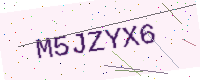
Text: M5JZYX6